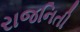
રાજનિતી